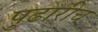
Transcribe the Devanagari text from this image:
पुढारीच